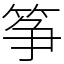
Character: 筝